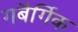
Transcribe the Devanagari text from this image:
गबैर्गिक